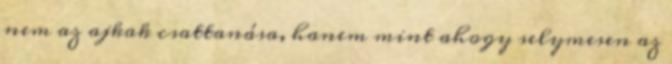
nem az ajkak csattanása, hanem mint ahogy selymesen az